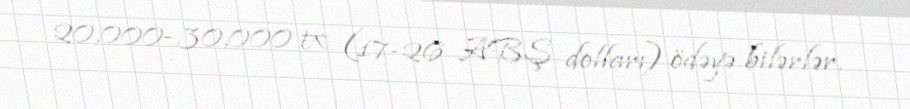
20,000–30,000 ₩ (17-26 ABŞ dolları) ödəyə bilərlər.